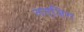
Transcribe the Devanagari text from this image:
लत्‌जिरा